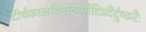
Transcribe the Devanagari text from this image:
दीर्घकालविमलैर्व्यादिप्रदैर्दुष्करैः